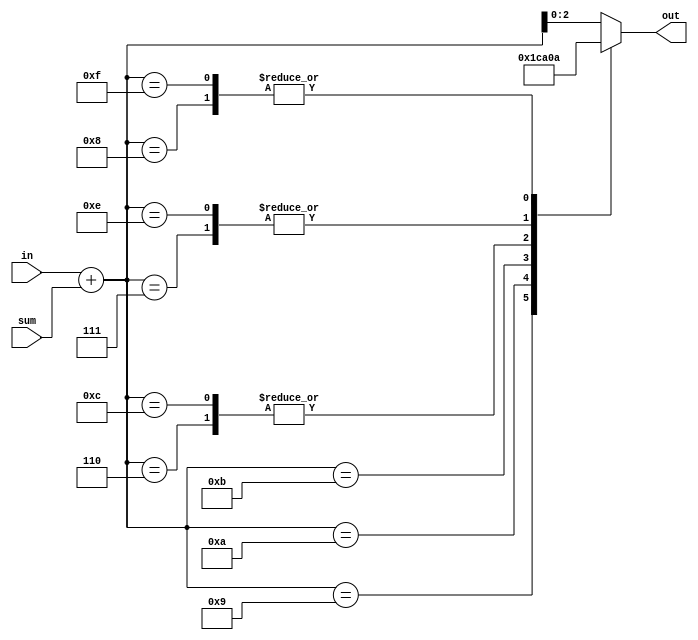
module jt12_mod6
(
	input		[2:0]	in, // only 0 to 5 are valid entries
	input		[2:0]	sum,
	output	reg [2:0]	out	// output between 0 to 5
);

reg	[3:0] aux;

always @(*) begin
	aux <= in+sum;
	case( aux )
		4'd6:	out <= 3'd0;
		4'd7:	out <= 3'd1;
		4'd8:	out <= 3'd2;
		4'd9:	out <= 3'd3;
		4'ha:	out <= 3'd4;
		4'hb:	out <= 3'd5;
		4'hc:	out <= 3'd0;
		4'he:	out <= 3'd1;
		4'hf:	out <= 3'd2;
		default:	out <= aux;
	endcase
end

endmodule